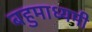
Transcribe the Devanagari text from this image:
बहुमाध्यमी